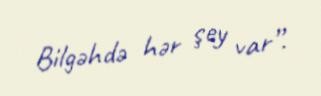
Bilgəhdə hər şey var”.